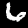
Digit: 6